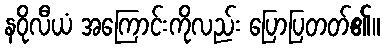
နဝိုလီယံ အကြောင်းကိုလည်း ပြောပြတတ်၏။